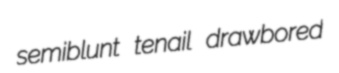
semiblunt tenail drawbored